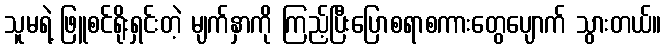
သူမရဲ့ ဖြူစင်ရိုးရှင်းတဲ့ မျက်နှာကို ကြည့်ပြီးပြောစရာစကားတွေပျောက် သွားတယ်။